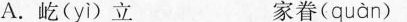
A.屹( yì )立 家眷( quàn )